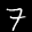
Label: 7